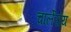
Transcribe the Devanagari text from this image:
चार्लेरॉय